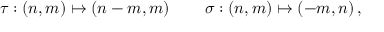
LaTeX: \tau : ( n , m ) \mapsto ( n - m , m ) \, \qquad \sigma : ( n , m ) \mapsto ( - m , n ) \, ,